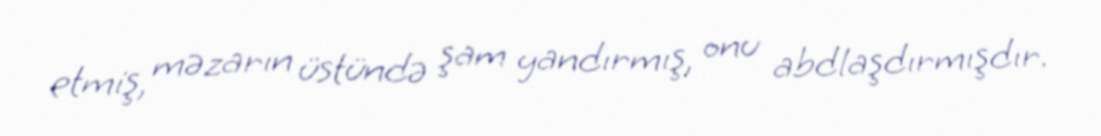
etmiş, məzarın üstündə şam yandırmış, onu abdlaşdırmışdır.